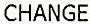
CHANGE